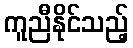
ကူညီနိုင်သည့်